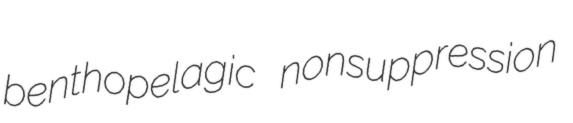
benthopelagic nonsuppression